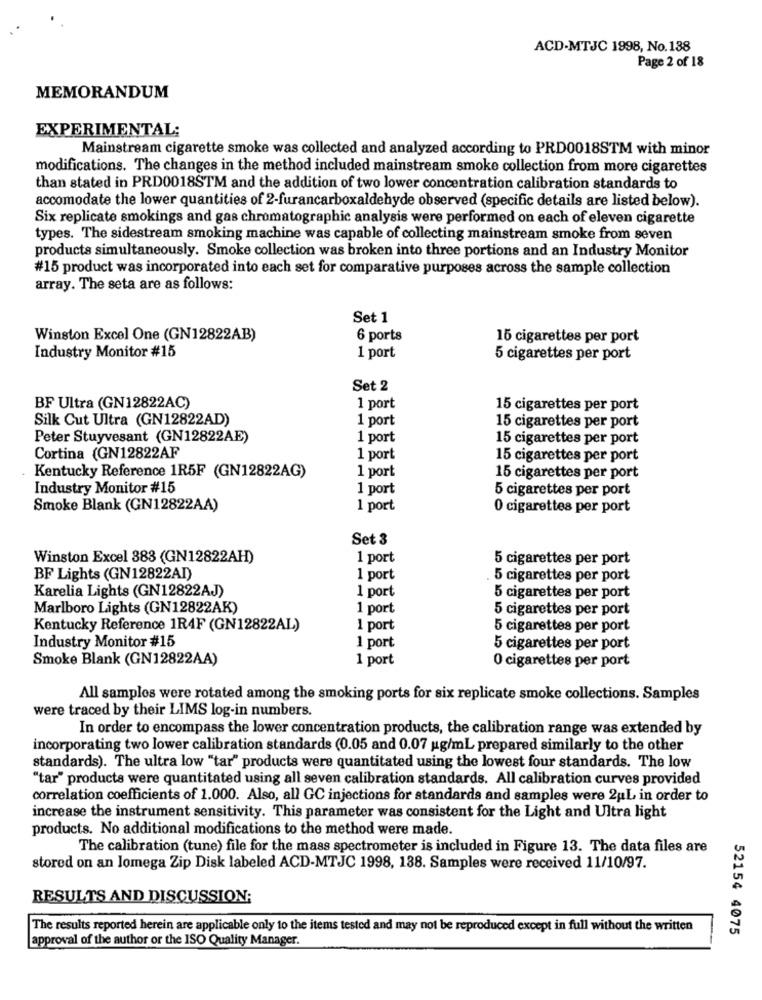
ACD-MTJC 1998, No.138
Page 2 of 18
MEMORANDUM
EXPERIMENTAL:
Mainstream cigarette smoke was collected and analyzed according to PRD0018STM with minor
modifications. The changes in the method included mainstream smoke collection from more cigarettes
than stated in PRD0018STM and the addition of two lower concentration calibration standards to
accomodate the lower quantities of 2-furancarboxaldehyde observed (specific details are listed below).
Six replicate smokings and gas chromatographic analysis were performed on each of eleven cigarette
types. The sidestream smoking machine was capable of collecting mainstream smoke from seven
products simultaneously. Smoke collection was broken into three portions and an Industry Monitor
#15 product was incorporated into each set for comparative purposes across the sample collection
array. The seta are as follows:
Set 1
Winston Excel One (GN12822AB)
6 ports
15 cigarettes per port
Industry Monitor #15
1 port
5 cigarettes per port
Set 2
BF Ultra (GN12822AC)
1 port
15 cigarettes per port
Silk Cut Ultra (GN12822AD)
1 port
15 cigarettes per port
Peter Stuyvesant (GN12822AE)
1 port
15 cigarettes per port
Cortina (GN12822AF
1 port
15 cigarettes per port
1 port
Kentucky Reference 1R5F (GN12822AG)
15 cigarettes per port
Industry Monitor #15
1 port
5 cigarettes per port
Smoke Blank (GN12822AA)
1 port
0 cigarettes per port
Set 3
Winston Excel 383 (GN12822AH)
1 port
5 cigarettes per port
BF Lights (GN12822AI)
1 port
5 cigarettes per port
Karelia Lights (GN12822AJ)
1 port
5 cigarettes per port
Marlboro Lights (GN12822AK)
1 port
5 cigarettes per port
Kentucky Reference 1R4F (GN12822AL)
1 port
5 cigarettes per port
Industry Monitor #15
1 port
5 cigarettes per port
Smoke Blank (GN12822AA)
1 port
0 cigarettes per port
All samples were rotated among the smoking ports for six replicate smoke collections. Samples
were traced by their LIMS log-in numbers.
In order to encompass the lower concentration products, the calibration range was extended by
incorporating two lower calibration standards (0.05 and 0.07 ug/mL prepared similarly to the other
standards). The ultra low "tar" products were quantitated using the lowest four standards. The low
"tar" products were quantitated using all seven calibration standards. All calibration curves provided
correlation coefficients of 1.000. Also, all GC injections for standards and samples were 2uL in order to
increase the instrument sensitivity. This parameter was consistent for the Light and Ultra light
products. No additional modifications to the method were made.
The calibration (tune) file for the mass spectrometer is included in Figure 13. The data files are
stored on an lomega Zip Disk labeled ACD-MTJC 1998, 138. Samples were received 11/10/97.
RESULTS AND DISCUSSION:
The results reported herein are applicable only to the items tested and may not be reproduced except in full without the written
52154 4075
approval of the author or the ISO Quality Manager.